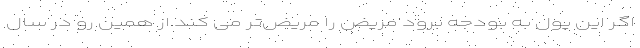
اگر این پول به بودجه برود مریض را مریض‌تر می کند از همین رو در سال